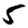
Digit: 5